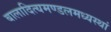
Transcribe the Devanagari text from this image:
बालादित्यमण्डलमध्यस्थां